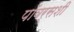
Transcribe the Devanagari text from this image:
पॉवर्सशी